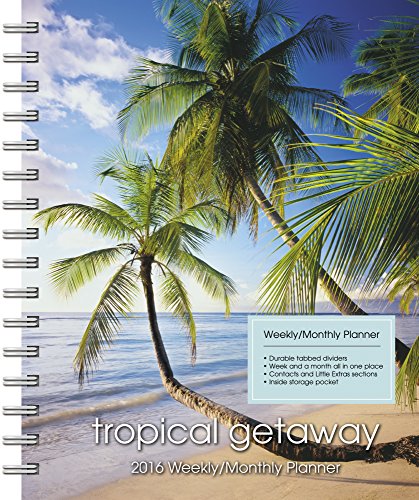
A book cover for Tropical Getaway Weekly and Monthly Planner (2016); Day Dream; Calendars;